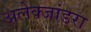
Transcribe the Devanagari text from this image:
अलेक्जांडरा